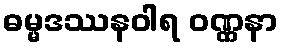
ဓမ္မဒဿနဝါရ ဝဏ္ဏနာ